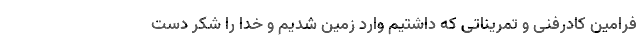
فرامین کادرفنی و تمریناتی که داشتیم وارد زمین شدیم و خدا را شکر دست